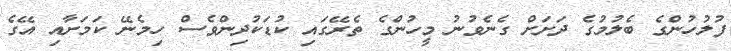
ފުލުހުންގެ ބެލުމުގެ ދަށަށް ގެނެވުނު މީހުންގެ ތެރޭގައި ކުޑަކުދިންވެސް ހިމެނޭ ކަމަށާއި އޭގެ